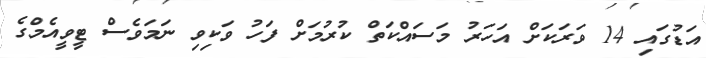
އަޑުގައި 14 ވަރަކަށް އަހަރު މަސައްކަތް ކުރުމަށް ފަހު ވަކިވި ނަމަވެސް ޓީވީއެމްގެ